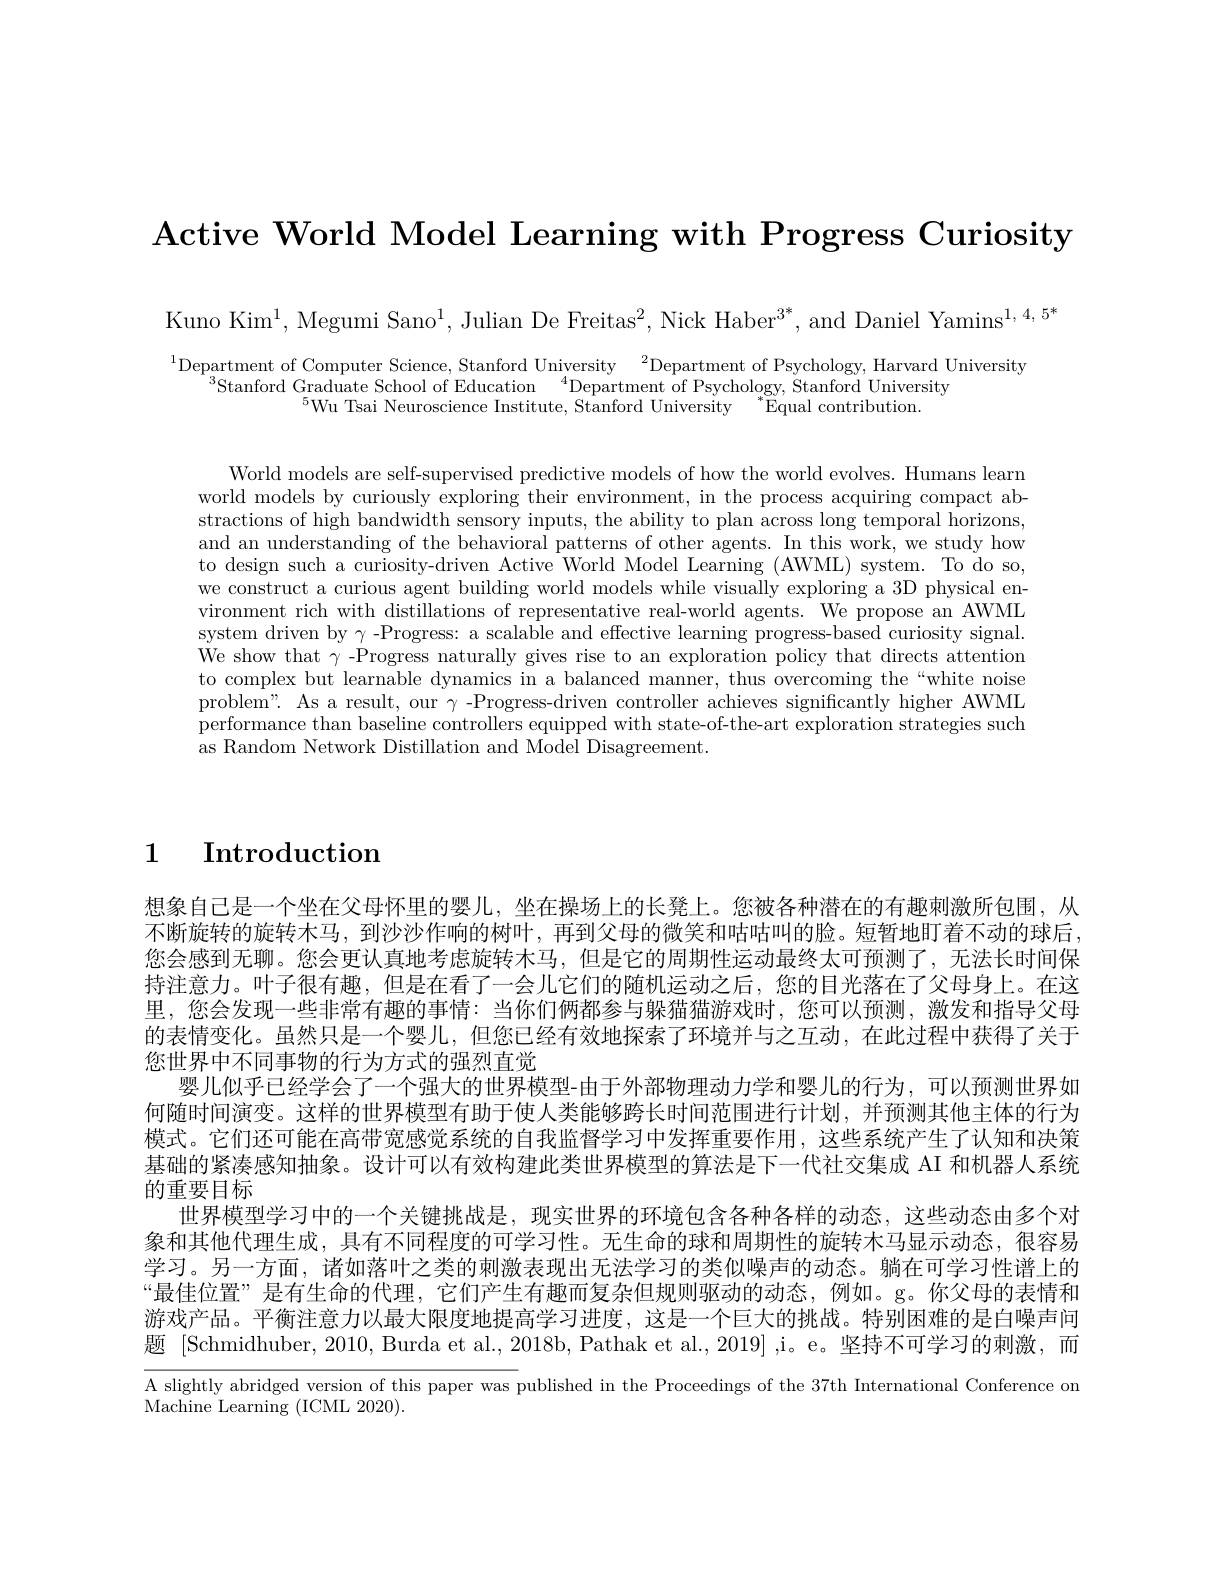
Active World Model Learning with Progress Curiosity

Kuno Kim$^1$,Megumi Sano$^1$,Julian De Freitas$^2$,Nick Haber$^3^*$,and Daniel Yamins$^1,4,5^*$

$^1$Department of Computer Science, Stanford University$^2$Department of Psychology, Harvard University
$^{3}$Stanford Graduate School of Education$\:^{4}$Department of Psychology, Stanford University
$^{5}$Wu Tsai Neuroscience Institute, Stanford University $^*$Equal contribution.

World models are self-supervised predictive models of how the world evolves. Humans learn world models by curiously exploring their environment, in the process acquiring compact abstractions of high bandwidth sensory inputs, the ability to plan across long temporal horizons, and an understanding of the behavioral patterns of other agents. In this work, we study how to design such a curiosity-driven Active World Model Learning (AWML) system. To do so, we construct a curious agent building world models while visually exploring a 3D physical environment rich with distillations of representative real-world agents. We propose an AWML system driven by $\gamma$ -Progress: a scalable and effective learning progress-based curiosity signal. We show that $\gamma$ -Progress naturally gives rise to an exploration policy that directs attention to complex but learnable dynamics in a balanced manner, thus overcoming the“white noise problem". As a result, our $\gamma$ -Progress-driven controller achieves significantly higher AWML performance than baseline controllers equipped with state-of-the-art exploration strategies such as Random Network Distillation and Model Disagreement

1 $\textbf{Introduction}$

想象自己是一个坐在父母怀里的婴儿，坐在操场上的长凳上。您被各种潜在的有趣刺激所包围，从不断旋转的旋转木马，到沙沙作响的树叶，再到父母的微笑和咕咕叫的脸。短暂地盯着不动的球后， 您会感到无聊。您会更认真地考虑旋转木马，但是它的周期性运动最终太可预测了，无法长时间保持注意力。叶子很有趣，但是在看了一会儿它们的随机运动之后，您的目光落在了父母身上。在这里，您会发现一些非常有趣的事情：当你们俩都参与躲猫猫游戏时，您可以预测，激发和指导父母的表情变化。虽然只是一个婴儿，但您已经有效地探索了环境并与之互动，在此过程中获得了关于您世界中不同事物的行为方式的强烈直觉
婴儿似乎已经学会了一个强大的世界模型-由于外部物理动力学和婴儿的行为，可以预测世界如何随时间演变。这样的世界模型有助于使人类能够跨长时间范围进行计划，并预测其他主体的行为模式。它们还可能在高带宽感觉系统的自我监督学习中发挥重要作用，这些系统产生了认知和决策基础的紧凑感知抽象。设计可以有效构建此类世界模型的算法是下一代社交集成 AI 和机器人系统的重要目标
世界模型学习中的一个关键挑战是，现实世界的环境包含各种各样的动态，这些动态由多个对象和其他代理生成，具有不同程度的可学习性。无生命的球和周期性的旋转木马显示动态，很容易学习。另一方面，诸如落叶之类的刺激表现出无法学习的类似噪声的动态。躺在可学习性谱上的“最佳位置”是有生命的代理，它们产生有趣而复杂但规则驱动的动态，例如。g。你父母的表情和游戏产品。平衡注意力以最大限度地提高学习进度，这是一个巨大的挑战。特别困难的是白噪声问题 [Schmidhuber, 2010, Burda et al., 2018b, Pathak et al., 2019] ,i。e。坚持不可学习的刺激，而A slightly abridged version of this paper was published in the Proceedings of the 37th International Conference on Machine Learning (ICML 2020).